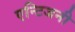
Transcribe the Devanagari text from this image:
एन्टिजनी